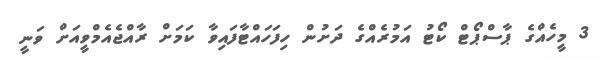
3 މީހެއްގެ ޕާސްޕޯޓް ކޯޓު އަމުރެއްގެ ދަށުން ހިފަހައްޓާފައިވާ ކަމަށް ރާއްޖެއެމްވީއަށް ވަނީ